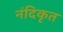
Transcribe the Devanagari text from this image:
नंदिकृत